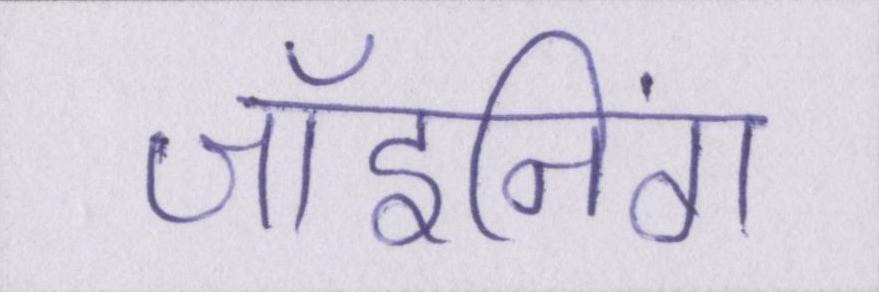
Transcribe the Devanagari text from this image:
जॉइनिंग